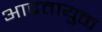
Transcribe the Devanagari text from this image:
आद्रतायुक्त